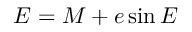
{ \cal E } = { \cal M } + e \sin { \cal E }